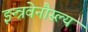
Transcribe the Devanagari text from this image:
इन्त्रवेनौस्ल्य